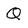
Character: Q